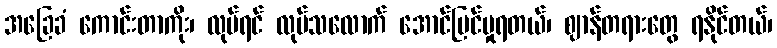
အခြေခံ ကောင်းတာကိုး၊ လုပ်ရင် လုပ်သလောက် အောင်မြင်မှုရတယ်၊ ဈာန်တရားတွေ ရနိုင်တယ်၊